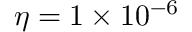
\eta = 1 \times 1 0 ^ { - 6 }